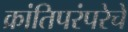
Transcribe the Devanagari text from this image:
क्रांतिपरंपरेचे